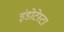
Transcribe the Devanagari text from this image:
इंडोटेस्टा